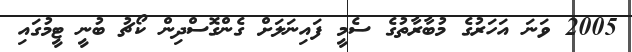
2005 ވަނަ އަހަރުގެ މުބާރާތުގެ ސެމީ ފައިނަލަށް ގެންގޮސްދިން ކޯޗު ބުނީ ޓީމުގައި